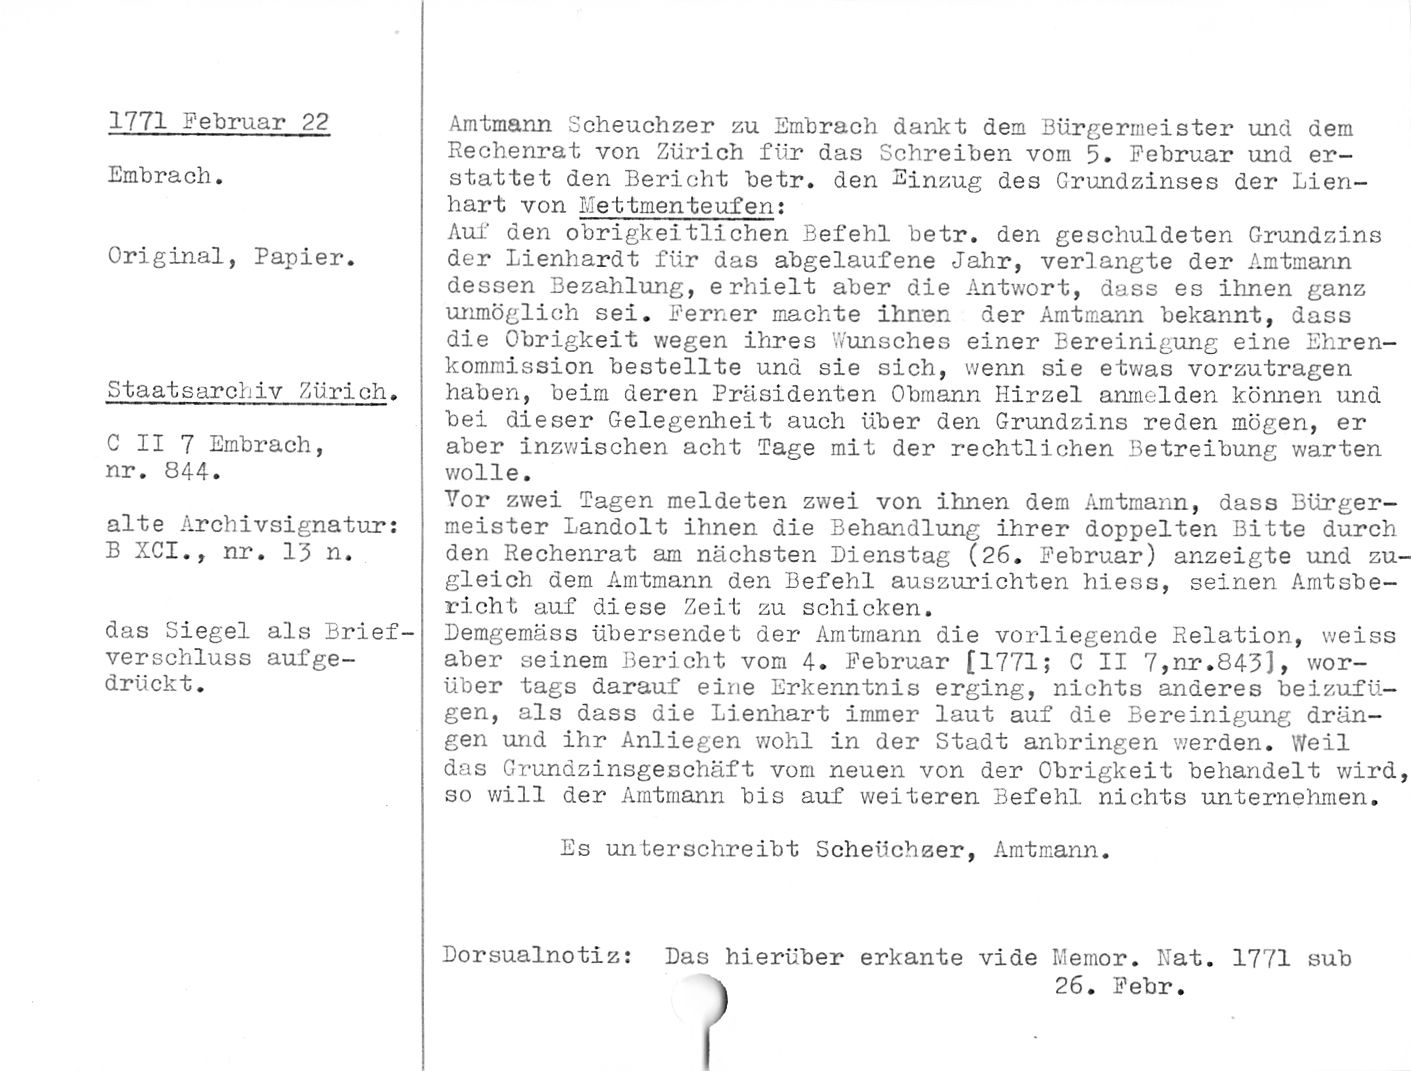
1771 Februar 22

Embrach.

Original, Papier.

Staatsarchiv Zürich.

C II 7 Embrach,
nr. 844.

alte Archivsignatur:

B XCI., nr. 13 n.

das Siegel als Brief¬
verschluss aufge¬
drückt.

Amtmann Scheuchzer zu Embrach dankt dem Bürgermeister und dem
Rechenrat von Zürich für das Schreiben vom 5. Februar und er¬
stattet den Bericht betr. den Einzug des Grundzinses der Lien¬
hart von I.lettmenteufen:

Auf den obrigkeitlichen Befehl betr. den geschuldeten Grundzins
der Lienhardt für das abgelaufene Jahr, verlangte der Amtmann
dessen Bezahlung, erhielt aber die Antwort, dass es ihnen ganz
unmöglich sei. Ferner machte ihnen der Amtmann bekannt, dass
die Obrigkeit wegen ihres Wunsches einer Bereinigung eine Ehren¬
kommission bestellte und sie sich, wenn sie etwas vorzutragen
haben, beim deren Präsidenten Obmann Hirzel anmelden können und
bei dieser Gelegenheit auch über den Grundzins reden mögen, er
aber inzwischen acht Tage mit der rechtlichen Betreibung warten
wolle.

Yor zwei Tagen meldeten zwei von ihnen dem Amtmann, dass Bürger¬
meister Landolt ihnen die Behandlung ihrer doppelten Bitte durch
den Rechenrat am nächsten Dienstag (26. Februar) anzeigte und zu¬
gleich dem Amtmann den Befehl auszurichten hiess, seinen Amtsbe¬
richt auf diese Zeit zu schicken.

Demgemäss übersendet der Amtmann die vorliegende Relation, weiss
aber seinem Bericht vom 4. Februar [1771; C II 7,nr.843], wor¬
über tags darauf eine Erkenntnis erging, nichts anderes beizufü¬
gen, als dass die Lienhart immer laut auf die Bereinigung drän¬
gen und ihr Anliegen wohl in der Stadt anbringen werden. Weil
das Grundzinsgeschäft vom neuen von der Obrigkeit behandelt wird,
so will der Amtmann bis auf weiteren Befehl nichts unternehmen.

Es unterschreibt Scheüchzer, Amtmann.

Dorsualnotiz:

Das hierüber erkante vide Ivlemor. Rat. 1771

26. Febr.

sub

}